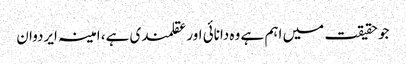
جو حقیقت میں اہم ہے وہ دانائی اور عقلمندی ہے، امینہ ایردوان